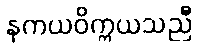
နကယဝိက္ကယသညီ